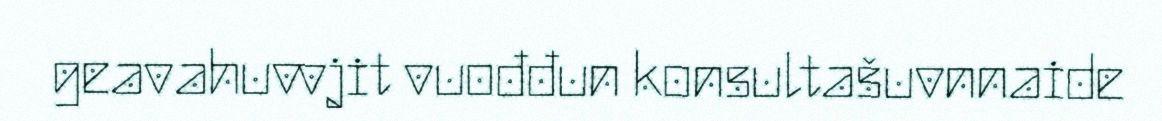
geavahuvvjit vuođđun konsultašuvnnaide